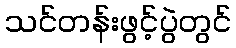
သင်တန်းဖွင့်ပွဲတွင်